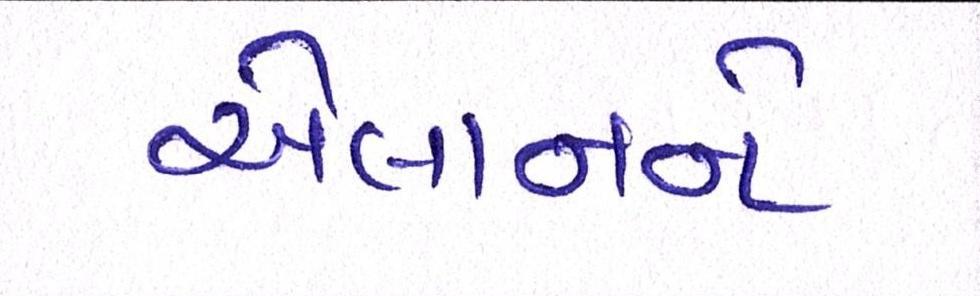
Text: એલાનને